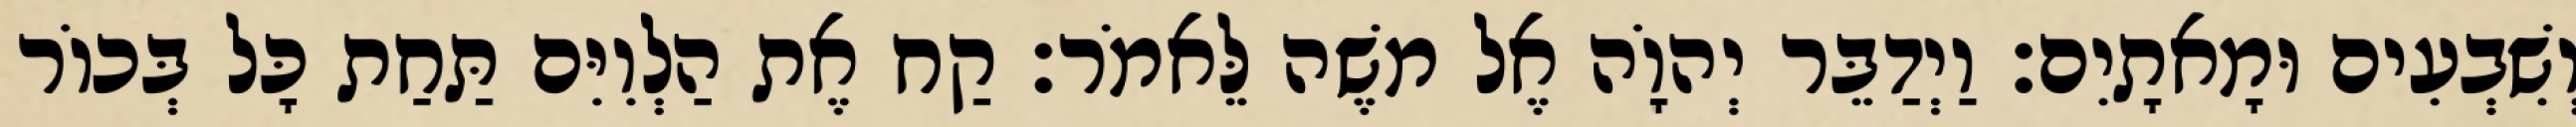
וְשִׁבְעִים וּמָאתָיִם׃ וַיְדַבֵּר יְהוָֹה אֶל משֶׁה לֵּאמֹר׃ קַח אֶת הַלְוִיִּם תַּחַת כָּל בְּכוֹר